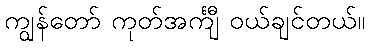
ကျွန်တော် ကုတ်အင်္ကျီ ဝယ်ချင်တယ်။